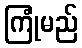
ကြုံမည်